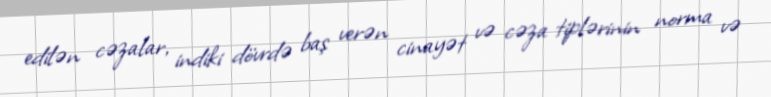
edilən cəzalar, indiki dövrdə baş verən cinayət və cəza tiplərinin norma və